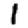
Digit: 1